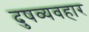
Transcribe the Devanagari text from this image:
दुषव्यवहार